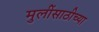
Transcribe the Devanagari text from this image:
मुलींसाठीच्या